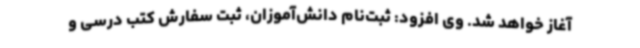
آغاز خواهد شد. وی افزود: ثبت‌نام دانش‌آموزان، ثبت سفارش کتب درسی و